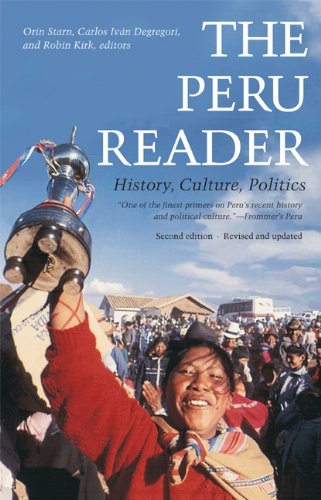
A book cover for The Peru Reader: History, Culture, Politics (The Latin America Readers); Orin Starn; History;